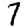
Digit: 7